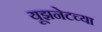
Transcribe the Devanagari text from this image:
यूझनेटच्या